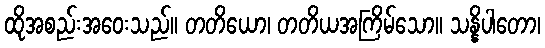
ထိုအစည်းအဝေးသည်။ တတိယော၊ တတိယအကြိမ်သော။ သန္နိပါတော၊